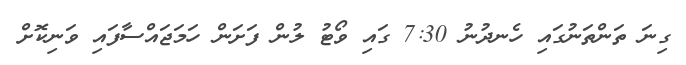
ގިނަ ތަންތަނުގައި ހެނދުނު 7:30 ގައި ވޯޓު ލުން ފަށަން ހަމަޖައްސާފައި ވަނިކޮށް